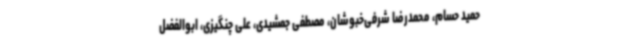
حمید حسام، محمدرضا شرفی‌خبوشان، مصطفی جمشیدی، علی چنگیزی، ابوالفضل